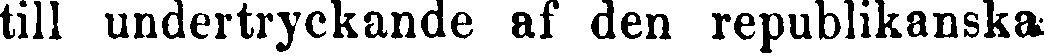
till undertryckande af den republikanska